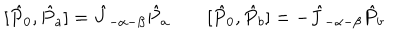
[ \hat { P } _ { 0 } , \hat { P } _ { a } ] = \hat { J } _ { - \alpha - \beta } \hat { P } _ { a } \qquad [ \hat { P } _ { 0 } , \hat { P } _ { b } ] = - \hat { J } _ { - \alpha - \beta } \hat { P } _ { b }